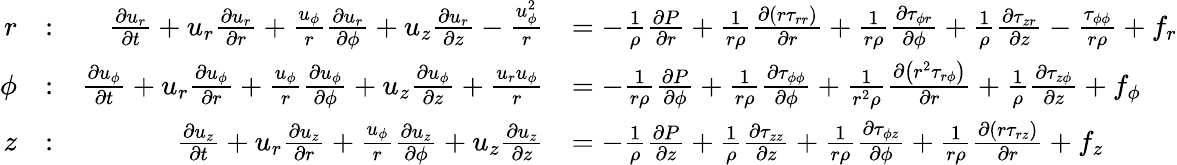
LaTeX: {\begin{array}{rlrl}{r}&{:}&{{\frac{\partial u_{r}}{\partial t}}+u_{r}{\frac{\partial u_{r}}{\partial r}}+{\frac{u_{\phi}}{r}}{\frac{\partial u_{r}}{\partial\phi}}+u_{z}{\frac{\partial u_{r}}{\partial z}}-{\frac{u_{\phi}^{2}}{r}}}&{=-{\frac{1}{\rho}}{\frac{\partial P}{\partial r}}+{\frac{1}{r\rho}}{\frac{\partial\left(r\tau_{rr}\right)}{\partial r}}+{\frac{1}{r\rho}}{\frac{\partial\tau_{\phi r}}{\partial\phi}}+{\frac{1}{\rho}}{\frac{\partial\tau_{zr}}{\partial z}}-{\frac{\tau_{\phi\phi}}{r\rho}}+f_{r}}\\ {\phi}&{:}&{{\frac{\partial u_{\phi}}{\partial t}}+u_{r}{\frac{\partial u_{\phi}}{\partial r}}+{\frac{u_{\phi}}{r}}{\frac{\partial u_{\phi}}{\partial\phi}}+u_{z}{\frac{\partial u_{\phi}}{\partial z}}+{\frac{u_{r}u_{\phi}}{r}}}&{=-{\frac{1}{r\rho}}{\frac{\partial P}{\partial\phi}}+{\frac{1}{r\rho}}{\frac{\partial\tau_{\phi\phi}}{\partial\phi}}+{\frac{1}{r^{2}\rho}}{\frac{\partial\left(r^{2}\tau_{r\phi}\right)}{\partial r}}+{\frac{1}{\rho}}{\frac{\partial\tau_{z\phi}}{\partial z}}+f_{\phi}}\\ {z}&{:}&{{\frac{\partial u_{z}}{\partial t}}+u_{r}{\frac{\partial u_{z}}{\partial r}}+{\frac{u_{\phi}}{r}}{\frac{\partial u_{z}}{\partial\phi}}+u_{z}{\frac{\partial u_{z}}{\partial z}}}&{=-{\frac{1}{\rho}}{\frac{\partial P}{\partial z}}+{\frac{1}{\rho}}{\frac{\partial\tau_{zz}}{\partial z}}+{\frac{1}{r\rho}}{\frac{\partial\tau_{\phi z}}{\partial\phi}}+{\frac{1}{r\rho}}{\frac{\partial\left(r\tau_{rz}\right)}{\partial r}}+f_{z}}\end{array}}